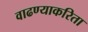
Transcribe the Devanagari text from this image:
वाढण्याकरिता